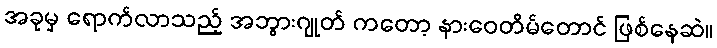
အခုမှ ရောက်လာသည့် အဘွားဂျုတ် ကတော့ နားဝေတိမ်တောင် ဖြစ်နေဆဲ။